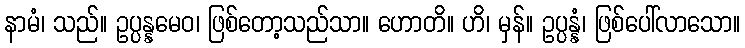
နာမံ၊ သည်။ ဥပ္ပန္နမေဝ၊ ဖြစ်တော့သည်သာ။ ဟောတိ။ ဟိ၊ မှန်။ ဥပ္ပန္နံ၊ ဖြစ်ပေါ်လာသော။